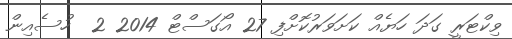
ވިކްޓަރީ ގަދަ ހަޔެއް ކަށަވަރުކޮށްފި 27 އޯގަސްޓް 2014 2  ހުސެއިން